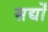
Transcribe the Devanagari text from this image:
सर्द्यों